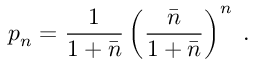
p _ { n } = \frac { 1 } { 1 + \bar { n } } \left( \frac { \bar { n } } { 1 + \bar { n } } \right) ^ { n } \; .